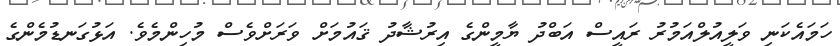
ހަމައެކަނި ވަލީއުލްއަމުރު ރައީސް އަބްދު ޔާމީންގެ އިރުޝާދު ޤައުމަށް ވަރަށްވެސް މުހިންމެވެ. އަޅުގަނޑުމެންގެ